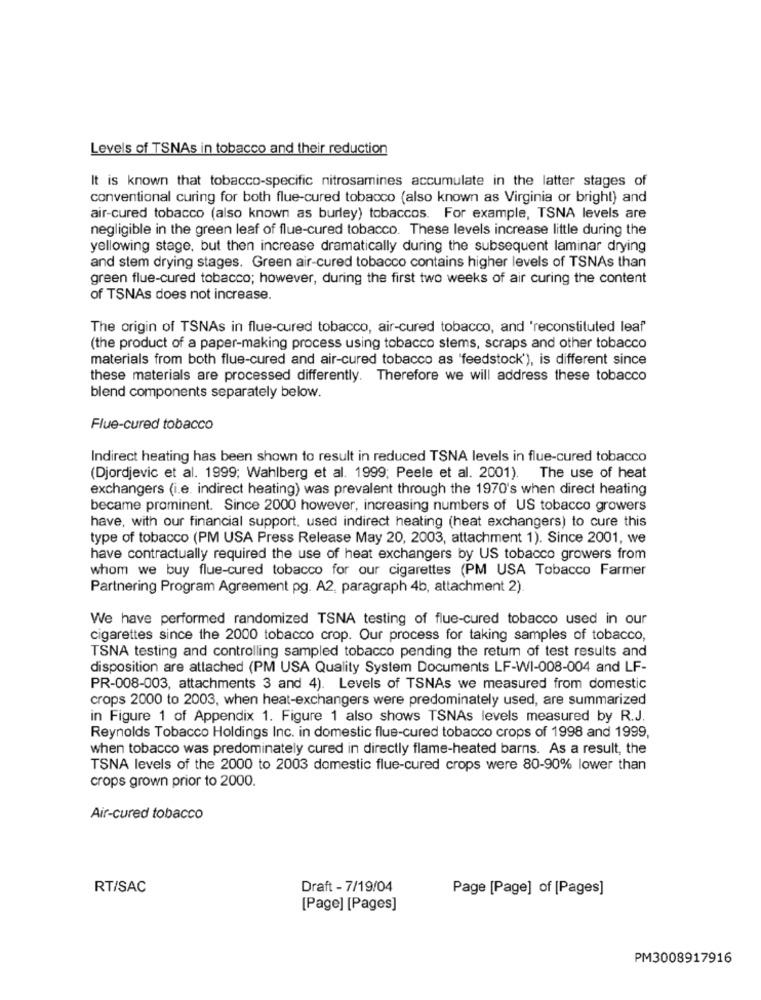
Levels of TSNAs in tobacco and their reduction
It is known that tobacco-specific nitrosamines accumulate in the latter stages of
conventional curing for both flue-cured tobacco (also known as Virginia or bright) and
air-cured tobacco (also known as burley) tobaccos. For example, TSNA levels are
negligible in the green leaf of flue-cured tobacco. These levels increase little during the
yellowing stage, but then increase dramatically during the subsequent laminar drying
and stem drying stages. Green air-cured tobacco contains higher levels of TSNAs than
green flue-cured tobacco; however, during the first two weeks of air curing the content
of TSNAs does not increase.
The origin of TSNAs in flue-cured tobacco, air-cured tobacco, and 'reconstituted leaf"
(the product of a paper-making process using tobacco stems, scraps and other tobacco
materials from both flue-cured and air-cured tobacco as 'feedstock'), is different since
these materials are processed differently. Therefore we will address these tobacco
blend components separately below.
Flue-cured tobacco
Indirect heating has been shown to result in reduced TSNA levels in flue-cured tobacco
(Djordjevic et al. 1999; Wahlberg et al. 1999; Peele et al. 2001). The use of heat
exchangers (i.e. indirect heating) was prevalent through the 1970's when direct heating
became prominent. Since 2000 however, increasing numbers of US tobacco growers
have, with our financial support, used indirect heating (heat exchangers) to cure this
type of tobacco (PM USA Press Release May 20, 2003, attachment 1). Since 2001, we
have contractually required the use of heat exchangers by US tobacco growers from
whom we buy flue-cured tobacco for our cigarettes (PM USA Tobacco Farmer
Partnering Program Agreement pg. A2, paragraph 4b, attachment 2).
We have performed randomized TSNA testing of flue-cured tobacco used in our
cigarettes since the 2000 tobacco crop. Our process for taking samples of tobacco,
TSNA testing and controlling sampled tobacco pending the retum of test results and
disposition are attached (PM USA Quality System Documents LF-WI-008-004 and LF-
PR-008-003, attachments 3 and 4). Levels of TSNAs we measured from domestic
crops 2000 to 2003, when heat-exchangers were predominately used, are summarized
in Figure 1 of Appendix 1. Figure 1 also shows TSNAs levels measured by R.J.
Reynolds Tobacco Holdings Inc. in domestic flue-cured tobacco crops of 1998 and 1999,
when tobacco was predominately cured in directly flame-heated barns. As a result, the
TSNA levels of the 2000 to 2003 domestic flue-cured crops were 80-90% lower than
crops grown prior to 2000.
Air-cured tobacco
RT/SAC
Draft - 7/19/04
Page [Page] of [Pages]
[Page] [Pages]
PM3008917916